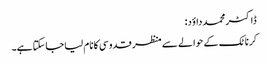
ڈاکٹر محمد داؤد:
کرناٹک کے حوالے سے منظر قدوسی کا نام لیا جاسکتا ہے۔